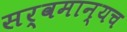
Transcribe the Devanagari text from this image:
सर्वमान्यच